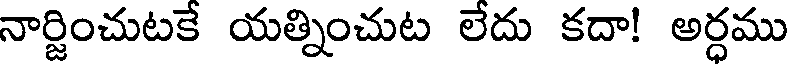
నార్జించుటకే యత్నించుట లేదు కదా! అర్ధము